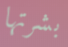
بشرتها